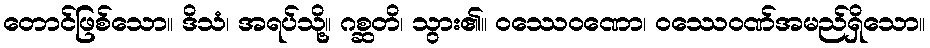
တောင်ဖြစ်သော။ ဒိသံ၊ အရပ်သို့။ ဂစ္ဆတိ၊ သွား၏။ ဝဿေဝဏော၊ ဝဿေဝဏ်အမည်ရှိသော။